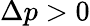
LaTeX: \Delta p>0